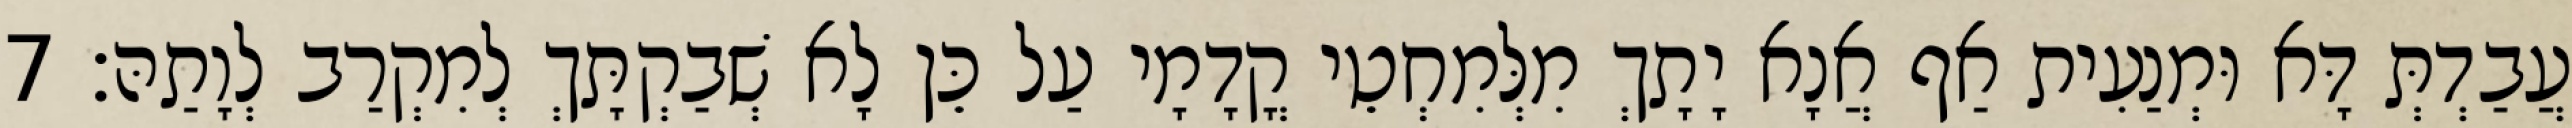
עֲבַדְתְּ דָּא וּמְנַעִית אַף אֲנָא יָתָךְ מִלְּמִחְטֵי קֳדָמָי עַל כֵּן לָא שְׁבַקְתָּךְ לְמִקְרַב לְוָתַהּ׃ 7